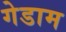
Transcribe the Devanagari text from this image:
गेडाम